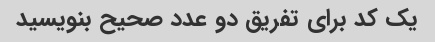
یک کد برای تفریق دو عدد صحیح بنویسید